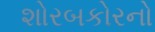
શોરબકોરનો